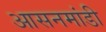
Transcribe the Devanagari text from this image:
आसनमांडी